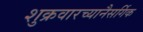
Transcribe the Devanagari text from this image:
शुक्रवारच्यानैसर्गिक